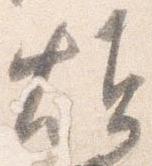
煩